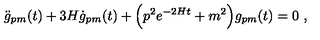
\ddot { g } _ { p m } ( t ) + 3 H \dot { g } _ { p m } ( t ) + \Bigl ( p ^ { 2 } e ^ { - 2 H t } + m ^ { 2 } \Bigr ) g _ { p m } ( t ) = 0 \ ,